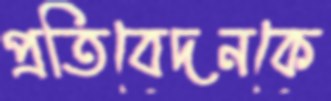
প্রতিবেদনকে